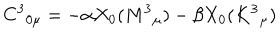
LaTeX: C ^ { 3 } { } _ { 0 \mu } = - \alpha X _ { 0 } ( M ^ { 3 } { } _ { \mu } ) - \beta X _ { 0 } ( K ^ { 3 } { } _ { \mu } )